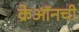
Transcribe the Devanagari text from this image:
क्रेऑनची